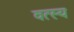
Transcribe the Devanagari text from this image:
वत्स्य